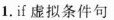
1.if虚拟条件句